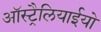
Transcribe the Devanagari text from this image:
ऑस्ट्रैलियाईयो